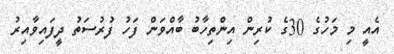
އެއީ މި މަހުގެ 30ގެ ކުރިން އިންތިހާބު ބާއްވަން ފަހު ފުރުސަތު ދީފައިވާއިރު